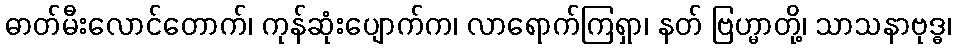
ဓာတ်မီးလောင်တောက်၊ ကုန်ဆုံးပျောက်က၊ လာရောက်ကြရှာ၊ နတ် ဗြဟ္မာတို့၊ သာသနာဗုဒ္ဓ၊